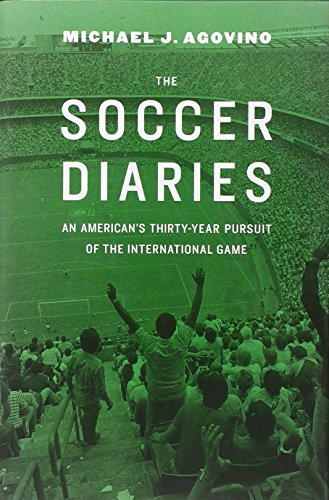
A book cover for The Soccer Diaries: An AmericanEEs Thirty-Year Pursuit of the International Game; Michael J Agovino; Biographies & Memoirs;